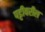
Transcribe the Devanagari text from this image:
पट्टीवरील